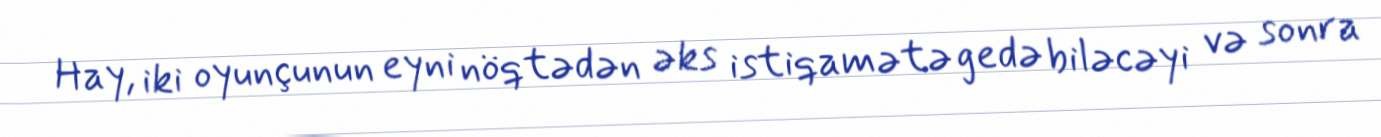
Hay, iki oyunçunun eyni nöqtədən əks istiqamətə gedə biləcəyi və sonra